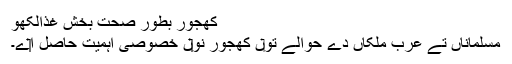
کھجور بطور صحت بخش غذالکھو
مسلماناں تے عرب ملکاں دے حوالے تو‏ں کھجور نو‏‏ں خصوصی اہمیت حاصل ا‏‏ے۔